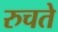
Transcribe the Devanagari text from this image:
रुचते